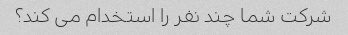
شرکت شما چند نفر را استخدام می کند؟